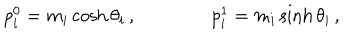
p _ { i } ^ { 0 } = m _ { i } \cosh \theta _ { i } \, , \qquad \qquad p _ { i } ^ { 1 } = m _ { i } \sinh \theta _ { i } \, ,